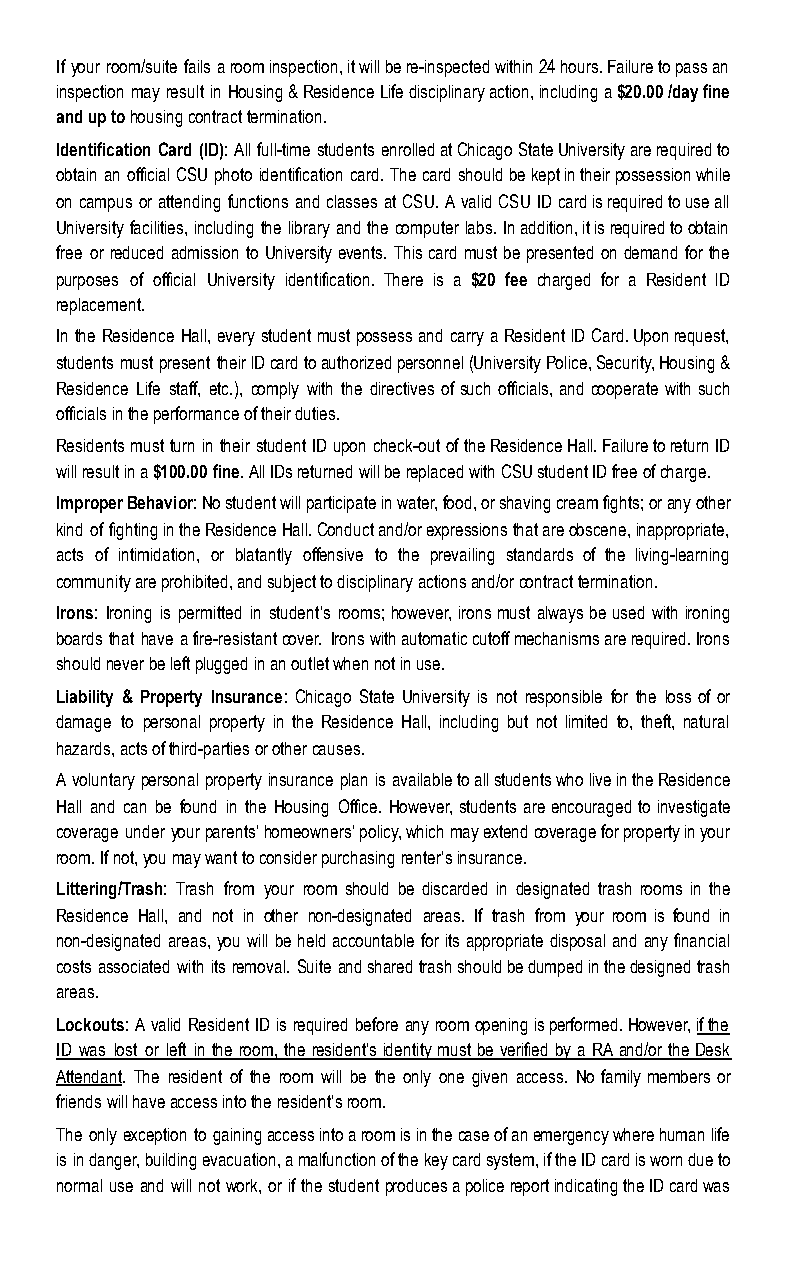
If your room/suite fails a room inspection, it will be re-inspected within 24 hours. Failure to pass an
 inspection may result in Housing & Residence Life disciplinary action, including a $20.00 /day fine
 and up to housing contract termination.
 Identification Card (ID): All full-time students enrolled at Chicago State University are required to
 obtain an official CSU photo identification card. The card should be kept in their possession while
 on campus or attending functions and classes at CSU. A valid CSU ID card is required to use all
 University facilities, including the library and the computer labs. In addition, it is required to obtain
 free or reduced admission to University events. This card must be presented on demand for the
 purposes of official University identification. There is a $20 fee charged for a Resident lD
 replacement.
 In the Residence Hall, every student must possess and carry a Resident lD Card. Upon request,
 students must present their lD card to authorized personnel (University Police, Security, Housing &
 Residence Life staff, etc.), comply with the directives of such officials, and cooperate with such
 officials in the performance of their duties.
 Residents must turn in their student ID upon check-out of the Residence Hall. Failure to return ID
 will result in a $ 100.00 fine. All IDs returned will be replaced with CSU student ID free of charge.
 Improper Behavior: No student will participate in water, food, or shaving cream fights; or any other
 kind of fighting in the Residence Hall. Conduct and/or expressions that are obscene, inappropriate,
 acts of intimidation, or blatantly offensive to the prevailing standards of the living-learning
 community are prohibited, and subject to disciplinary actions and/or contract termination.
 Irons: Ironing is permitted in student’s rooms; however, irons must always be used with ironing
 boards that have a fire-resistant cover. Irons with automatic cutoff mechanisms are required. Irons
 should never be left plugged in an outlet when not in use.
 Liability & Property Insurance: Chicago State University is not responsible for the loss of or
 damage to personal property in the Residence Hall, including but not limited to, theft, natural
 hazards, acts of third-parties or other causes.
 A voluntary personal property insurance plan is available to all students who live in the Residence
 Hall and can be found in the Housing Office. However, students are encouraged to investigate
 coverage under your parents’ homeowners’ policy, which may extend coverage for property in your
 room. If not, you may want to consider purchasing renter’s insurance.
 Littering/Trash: Trash from your room should be discarded in designated trash rooms in the
 Residence Hall, and not in other non-designated areas. If trash from your room is found in
 non-designated areas, you will be held accountable for its appropriate disposal and any financial
 costs associated with its removal. Suite and shared trash should be dumped in the designed trash
 areas.
 Lockouts: A valid Resident ID is required before any room opening is performed. However, if the
 ID was lost or left in the room, the resident’s identity must be verified by a RA and/or the Desk
 Attendant. The resident of the room will be the only one given access. No family members or
 friends will have access into the resident’s room.
 The only exception to gaining access into a room is in the case of an emergency where human life
 is in danger, building evacuation, a malfunction of the key card system, if the ID card is worn due to
 normal use and will not work, or if the student produces a police report indicating the ID card was